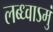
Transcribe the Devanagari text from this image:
लब्ध्वाऽमुं